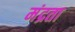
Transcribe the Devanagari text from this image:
मंद्रता